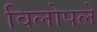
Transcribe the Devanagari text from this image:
विलोपले